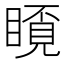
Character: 𥉿